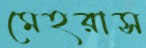
মেহরাস